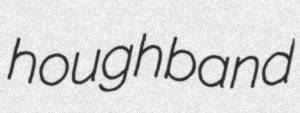
houghband